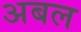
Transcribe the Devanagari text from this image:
अबल